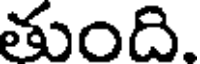
తుంది.